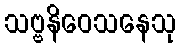
သဗ္ဗနိဝေသနေသု